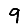
Digit: 9